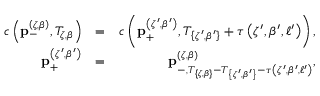
\begin{array} { r l r } { c \left( \mathbf { p } _ { - } ^ { \left( \zeta , \beta \right) } , T _ { \zeta , \beta } \right) } & { = } & { c \left( \mathbf { p } _ { + } ^ { \left( \zeta ^ { \prime } , \beta ^ { \prime } \right) } , T _ { \left\{ \zeta ^ { \prime } , \beta ^ { \prime } \right\} } + \tau \left( \zeta ^ { \prime } , \beta ^ { \prime } , \ell ^ { \prime } \right) \right) , } \\ { \mathbf { p } _ { + } ^ { \left( \zeta ^ { \prime } , \beta ^ { \prime } \right) } } & { = } & { \mathbf { p } _ { - , T _ { \left\{ \zeta , \beta \right\} } - T _ { \left\{ \zeta ^ { \prime } , \beta ^ { \prime } \right\} } - \tau \left( \zeta ^ { \prime } , \beta ^ { \prime } , \ell ^ { \prime } \right) } ^ { \left( \zeta , \beta \right) } , } \end{array}